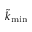
\tilde { k } _ { \mathrm { m i n } }